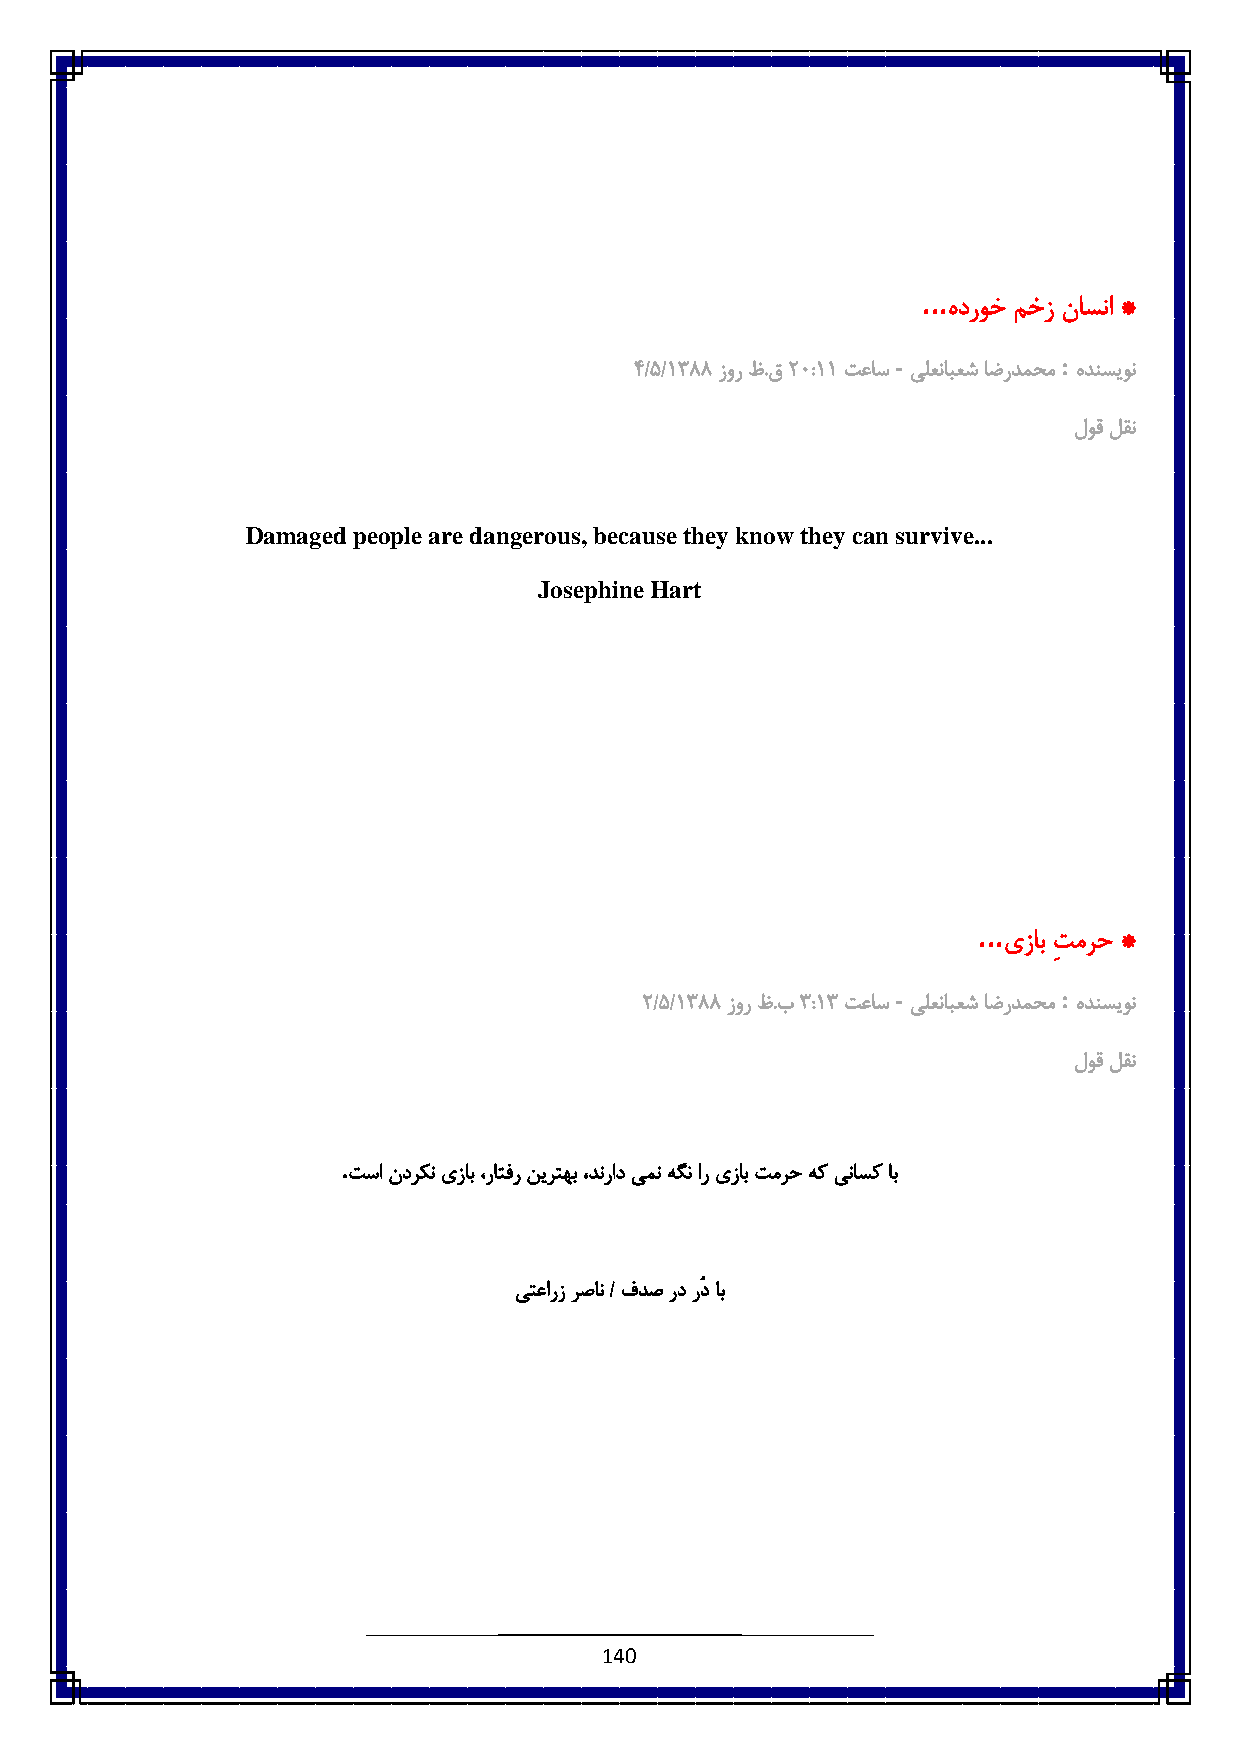
...
 هدروخ مخز ناسنا *
 -          :
 ٠/٠/6833 زور ظ.ق: ٥:66 تعاس یلعنابعش اضردمحم هدنسیون
 لوق لقن
 Damaged people are dangerous, because they know they can survive...
 Josephine Hart
 ...
 یزاب ِتمرح *
 -          :
 :/٠/6833 زور ظ.ب8 :68 تعاس یلعنابعش اضردمحم هدنسیون
 لوق لقن
 .
 تسا ندرکن یزاب ،راتفر نیرتهب ،دنراد یمن هگن ار یزاب تمرح هک یناسک اب
 یتعارز رصان / فدص رد رُد اب
 140